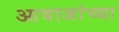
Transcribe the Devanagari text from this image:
आवाजांच्या